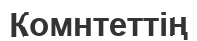
Комнтеттің